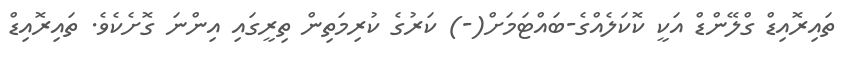
ތައިރޮއިޑް ގްލޭންޑް އަކީ ކޮކަލެއްގެ-ބައްޓަމަށް(-) ކަރުގެ ކުރިމަތިން ތިރީގައި އިންނަ ގޮށެކެވެ. ތައިރޮއިޑް